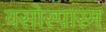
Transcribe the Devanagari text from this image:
वसोस्पास्म